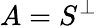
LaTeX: A=S^{\perp}